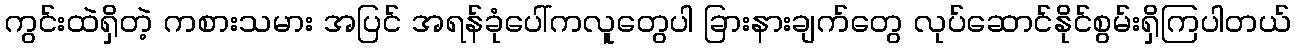
ကွင်းထဲရှိတဲ့ ကစားသမား အပြင် အရန်ခုံပေါ်ကလူတွေပါ ခြားနားချက်တွေ လုပ်ဆောင်နိုင်စွမ်းရှိကြပါတယ်